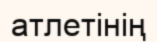
атлетінің